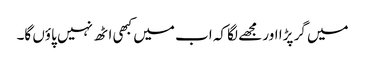
میں گر پڑا اور مجھے لگا کہ اب میں کبھی اٹھ نہیں پاؤں گا۔